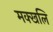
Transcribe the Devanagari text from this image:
मक्खलि